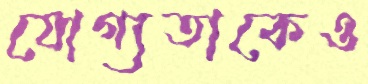
যোগ্যতাকেও